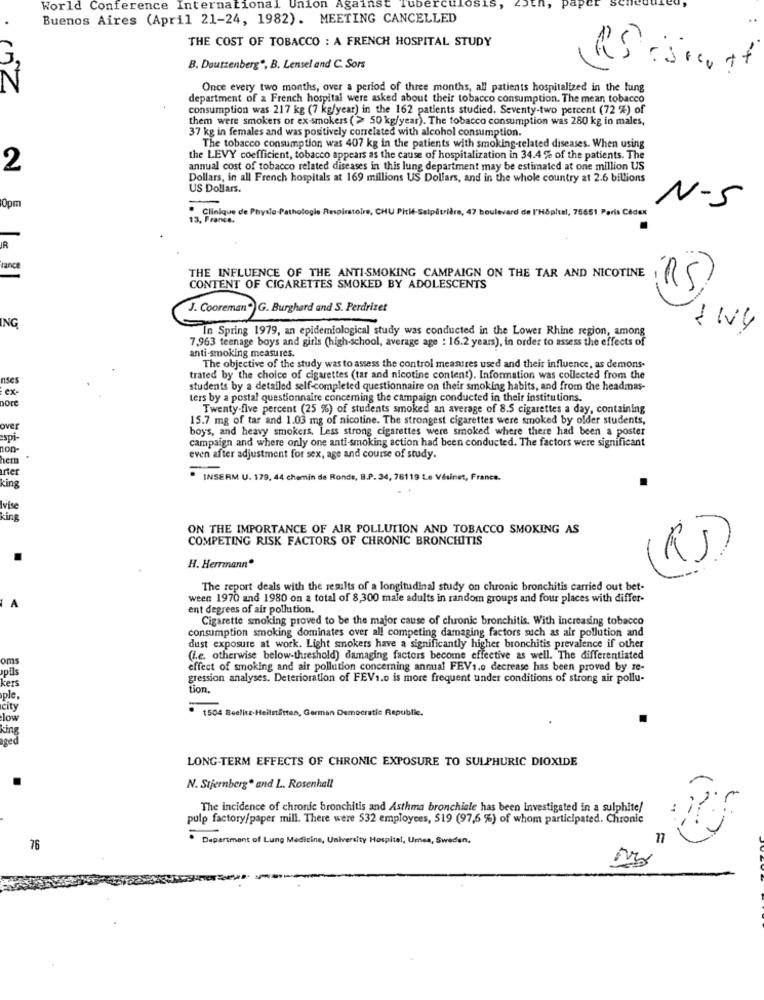
World Conference International Union Against Tubercul
.
Buenos Aires (April 21-24, 1982). MEETING CANCELLED
..
THE COST OF TOBACCO : A FRENCH HOSPITAL STUDY
B. Dautzenberg", B. Lensel and C. Sors
Once every two months, over a period of three months, all patients hospitalized in the lung
department of a French hospital were asked about their tobacco consumption. The mean tobacco
consumption was 217 kg (7 kg/year) in the 162 patients studied. Seventy-two percent (72 %) of
them were smokers or ex-smokers ( > 50 kg/year). The tobacco consumption was 280 kg in males,
37 kg in females and was positively conelated with alcohol consumption.
The tobacco consumption was 407 kg in the patients with smoking-related diseases. When using
the LEVY coefficient, tobacco appears as the cause of hospitalization in 34.4 % of the patients. The
2
annual cost of tobacco related diseases in this lung department may be estimated at one million US
Dollars, in all French hospitals at 169 millions US Dollars, and in the whole country at 2.6 billions
US Dollars.
-
0pm
Clinique de Physio Pathologie Respiratoire, CHU Pitié-Salpêtrière
levard de l'Hôpital, 75651 Paris Cedex
N-5
13, France.
R
rance
THE INFLUENCE OF THE ANTI-SMOKING CAMPAIGN ON THE TAR AND NICOTINE
CONTENT OF CIGARETTES SMOKED BY ADOLESCENTS
(RS)
J. Cooreman" G. Burghard and S. Perdrizet
-
ING
In Spring 1979, an epidemiological study was conducted in the Lower Rhine region, among
7,963 teenage boys and girls (high-school, average age : 16.2 years), in order to assess the effects of
anti-smoking measures.
The objective of the study was to assess the control measures used and their influence, as demons
nses
trated by the choice of cigarettes (tar and nicotine content). Information was collected from the
ex-
students by a detailed self-completed questionnaire on their smoking habits, and from the headmas-
nore
ters by a postal questionnaire concerning the campaign conducted in their institutions.
Twenty-five percent (25 %) of students smoked an average of 8.5 cigarettes a day, containing
15.7 mg of tar and 1.03 mg of nicotine. The strongest cigarettes were smoked by older students,
over
boys, and heavy smokers. Less strong cigarettes were smoked where there had been a poster
spi-
campaign and where only one anti-smoking action had been conducted. The factors were significant
non-
hem
even after adjustment for sex, age and course of study.
rter
king
INSERM U. 179, 44 chemin de Ronde, B.P. 34, 76119
rancs.
Ivise
Kins
ON THE IMPORTANCE OF AIR POLLUTION AND TOBACCO SMOKING AS
COMPETING RISK FACTORS OF CHRONIC BRONCHITIS
H. Herrmann"
The report deals with the results of a longitudinal study on chronic bronchitis carried out bet-
ween 1970 and 1980 on a total of 8,300 male adults in random groups and four places with differ-
ent degrees of air pollution.
Cigarette smoking proved to be the major cause of chronic bronchitis. With increasing tobacco
consumption smoking dominates over all competing damaging factors such as air pollution and
dust exposure at work. Light smokers have a significantly higher bronchitis prevalence if other
ams
(i.e. otherwise below-threshold) damaging factors become effective as well. The differentiated
effect of smoking and air pollution concerning annual FEV1.o decrease has been proved by re-
pils
kers
gression analyses. Deterioration of FEV1.o is more frequent under conditions of strong air pollu-
tion.
ple,
city
1504 Beelitz-Heilstitten, German Democratic Republic.
low
king
aged
LONG-TERM EFFECTS OF CHRONIC EXPOSURE TO SULPHURIC DIOXIDE
N. Stjernberg" and L. Rosenhall
The incidence of chronic bronchitis and Asthma bronchiale has been investigated in a sulphite/
pulp factory/paper mill. There were 532 employees, 519 (97,6 %) of whom participated. Chronic
Department of Lung Medicine, University Hospital, Umea, Sweden,
T
76